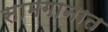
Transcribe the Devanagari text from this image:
सामगानात